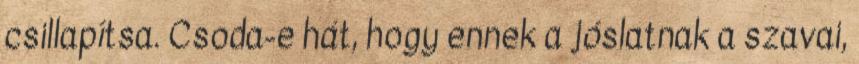
csillapítsa. Csoda-e hát, hogy ennek a jóslatnak a szavai,